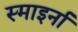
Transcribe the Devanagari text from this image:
स्माइर्ना